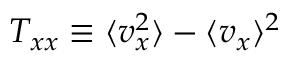
T _ { x x } \equiv \langle v _ { x } ^ { 2 } \rangle - \langle v _ { x } \rangle ^ { 2 }